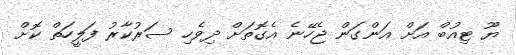
ޔޫ ޓިއުބް އަށް އަންގަން ޖެހޭނެ އެގޮތަށް ދިވެހި ސަރުކާރު ފަލީހަތް ކޮށް